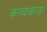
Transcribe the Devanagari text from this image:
काव्यकाला